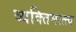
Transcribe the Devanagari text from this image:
व्यक्तिमत्त्त्व